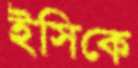
ইসিকে